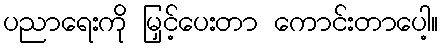
ပညာရေးကို မြှင့်ပေးတာ ကောင်းတာပေါ့။